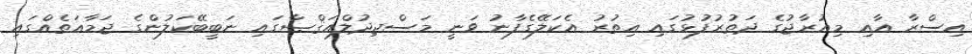
އިސްރާ އާއި މިޢުރާޖުގެ ދަތުރުފުޅުގައި އިތުރު އެކަލޭގެފާނު ވަނީ މަސްޖިދުލްއަޤްޞާގައި ނަބީބޭކަލުންގެ ޖަމާޢަތެއްގައި